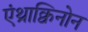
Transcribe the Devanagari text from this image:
एंथ्राक्विनोन